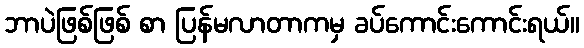
ဘာပဲဖြစ်ဖြစ် စာ ပြန်မလာတာကမှ ခပ်ကောင်းကောင်းရယ်။